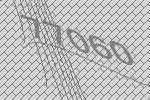
77060